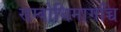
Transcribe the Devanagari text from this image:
सम्बोधिमागच्चि